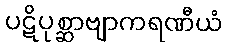
ပဋိပုစ္ဆာဗျာကရဏီယံ